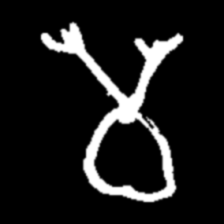
Pyu character \u2014 Myanmar letter: မ (romanized: ma)